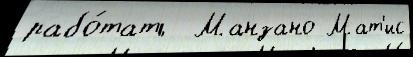
рабо́тать  Манзано Мат'ис